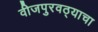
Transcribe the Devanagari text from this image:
वीजपुरवठ्याचा